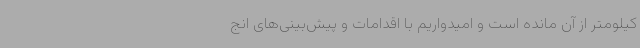
کیلومتر از آن مانده است و امیدواریم با اقدامات و پیش‌بینی‌های انج